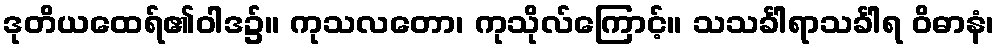
ဒုတိယထေရ်၏ဝါဒ၌။ ကုသလတော၊ ကုသိုလ်ကြောင့်။ သသင်္ခါရာသင်္ခါရ ဝိဓာနံ၊